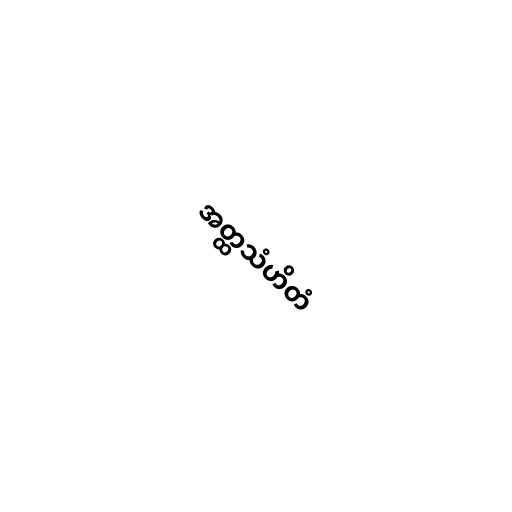
အတ္ထသံဟိတံ